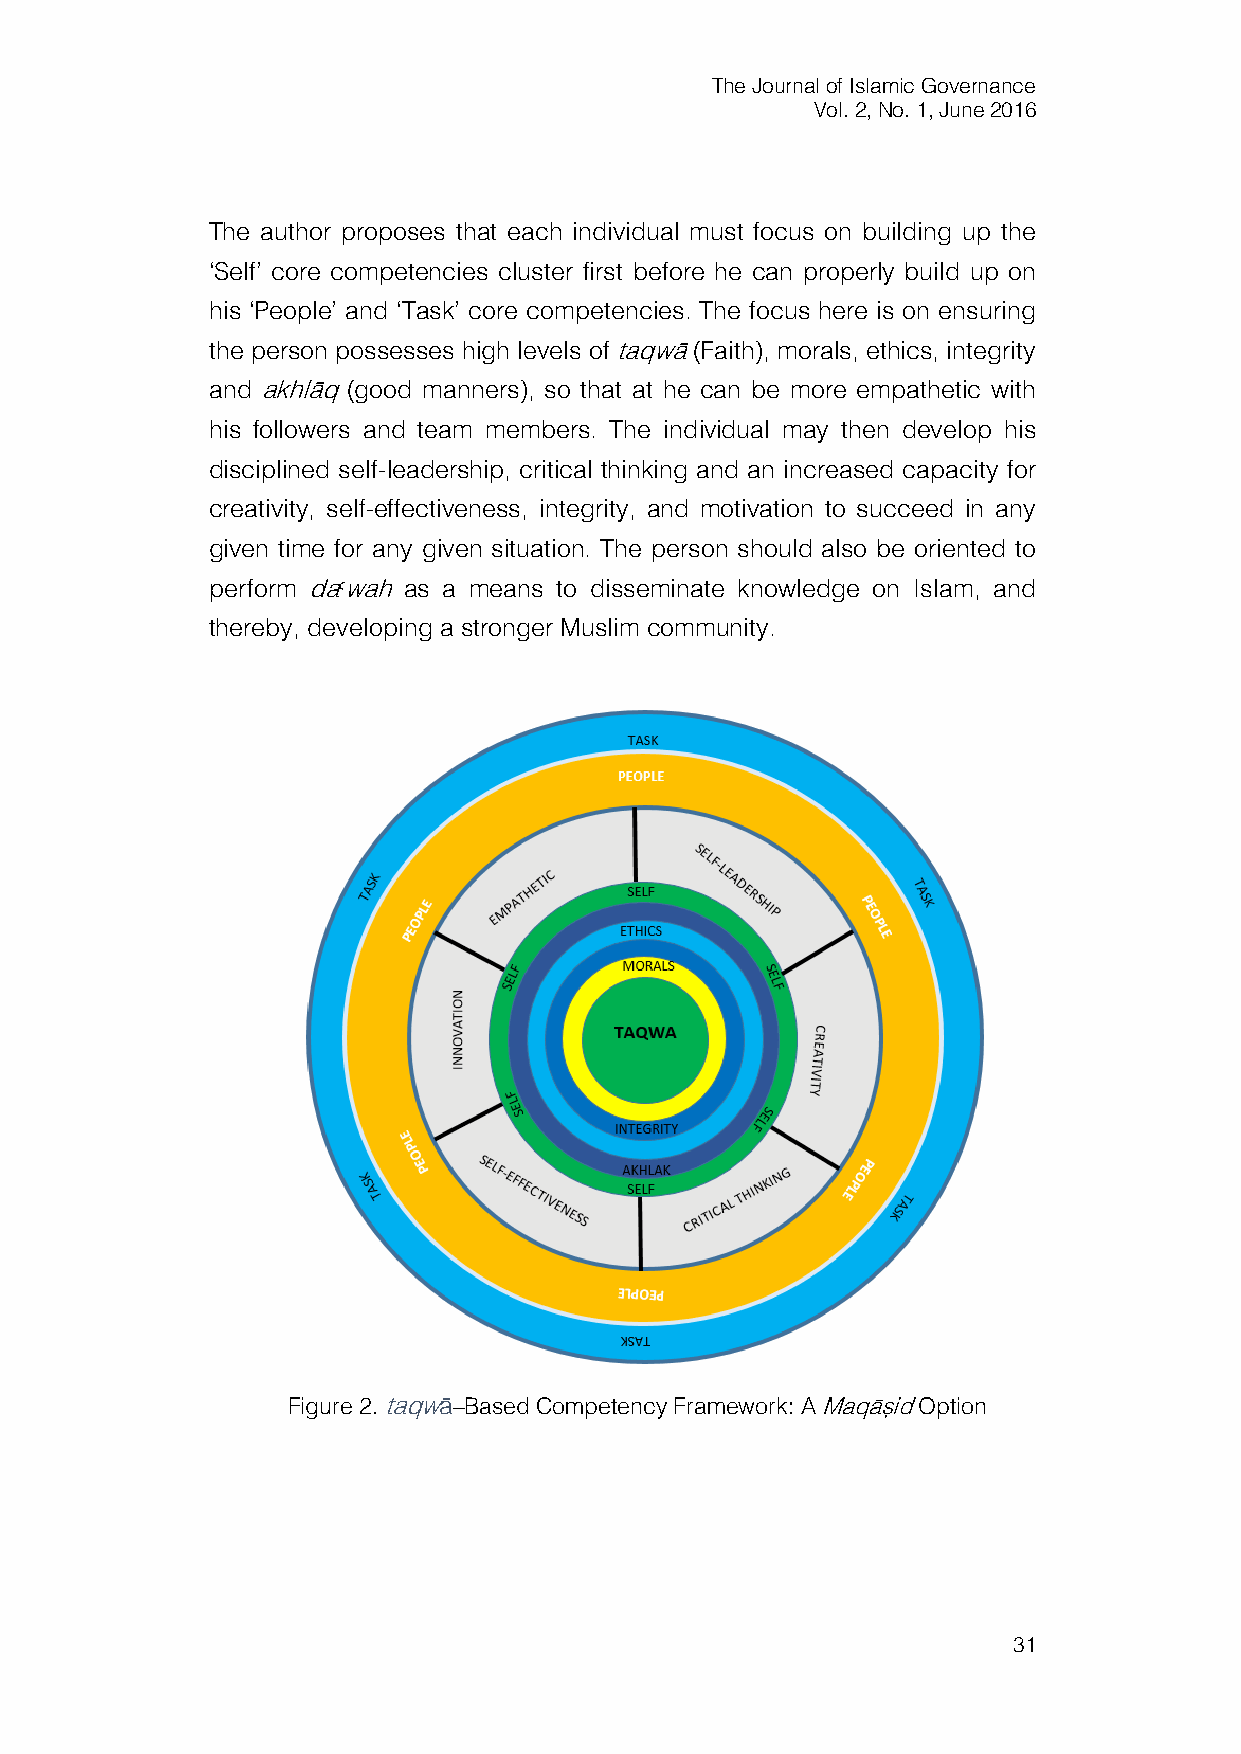
The Journal of Islamic Governance
 Vol. 2, No. 1, June 2016
 The author proposes that each individual must focus on building up the
 ‘Self’ core competencies cluster first before he can properly build up on
 his ‘People’ and ‘Task’ core competencies. The focus here is on ensuring
 the person possesses high levels of taqwā (Faith), morals, ethics, integrity
 and akhlāq (good manners), so that at he can be more empathetic with
 his followers and team members. The individual may then develop his
 disciplined self-leadership, critical thinking and an increased capacity for
 creativity, self-effectiveness, integrity, and motivation to succeed in any
 given time for any given situation. The person should also be oriented to
 perform da>wah as a means to disseminate knowledge on Islam, and
 thereby, developing a stronger Muslim community.
 Figure 2. taqwā–Based Competency Framework: A Maqāṣid Option
 31